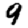
Digit: 9